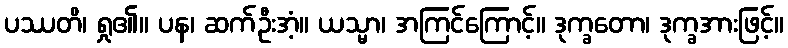
ပဿတိ၊ ရှု၏။ ပန၊ ဆက်ဦးအံ့။ ယသ္မာ၊ အကြင်ကြောင့်။ ဒုက္ခတော၊ ဒုက္ခအားဖြင့်။